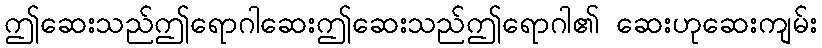
ဤဆေးသည်ဤရောဂါဆေးဤဆေးသည်ဤရောဂါ၏ ဆေးဟုဆေးကျမ်း